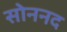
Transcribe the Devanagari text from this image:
सोननद